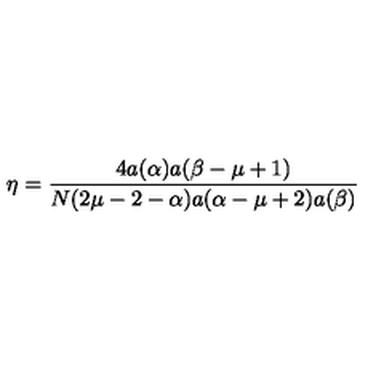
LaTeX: \eta = \frac { 4 a ( \alpha ) a ( \beta - \mu + 1 ) } { N ( 2 \mu - 2 - \alpha ) a ( \alpha - \mu + 2 ) a ( \beta ) }